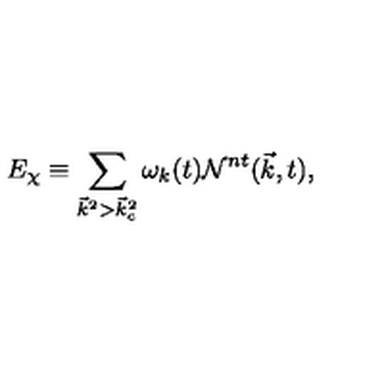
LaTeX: E _ { \chi } \equiv \sum _ { { \vec { k } } ^ { 2 } > { \vec { k } } _ { c } ^ { 2 } } { \omega } _ { k } ( t ) { \cal N } ^ { n t } ( { \vec { k } } , t ) ,